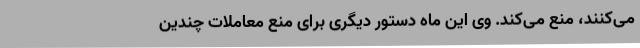
می‌کنند، منع می‌کند. وی این ماه دستور دیگری برای منع معاملات چندین